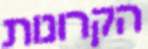
הקרונות